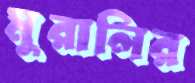
মুরালির